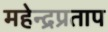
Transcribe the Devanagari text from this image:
महेन्द्रप्रताप